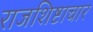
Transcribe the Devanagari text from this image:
राजशिष्टाचार